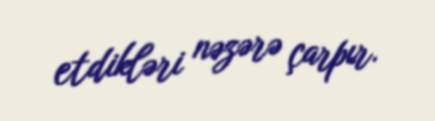
etdikləri nəzərə çarpır.